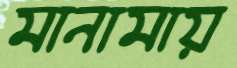
মানামায়